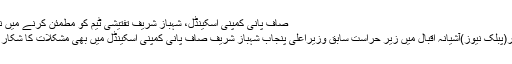
صاف پانی کمپنی اسکینڈل، شہباز شریف تفتیشی ٹیم کو مطمئن کرنے میں ناکام
لاہور(پبلک نیوز)آشیانہ اقبال میں زیر حراست سابق وزیراعلی پنجاب شہباز شریف صاف پانی کمپنی اسکینڈل میں بھی مشکلات کا شکار ہیں۔